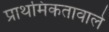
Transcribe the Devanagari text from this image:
प्राथमिकतावाले